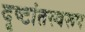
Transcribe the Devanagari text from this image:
दृष्टांतस्वरूप